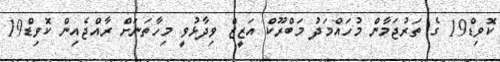
ކޮވިޑް19 ގެ ތަރުޖަމާން މުހައްމަދު މަބްރޫކް އަޒީޒް ވިދާޅުވީ މިހާތަނަށް ރާއްޖެއިން ކޮވިޑް19